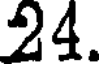
24.